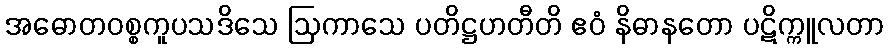
အဓောတဝစ္စကူပသဒိသေ ဩကာသေ ပတိဋ္ဌဟတီတိ ဧဝံ နိဓာနတော ပဋိက္ကူလတာ